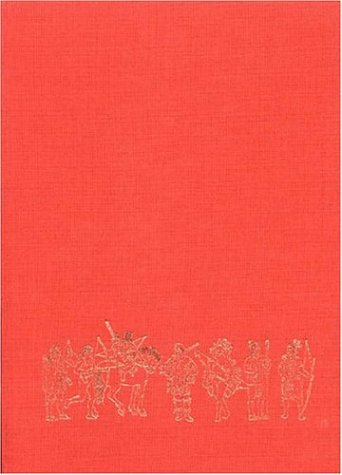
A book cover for ARMIES OF THE AZTEC AND INCA EMPIRES, OTHER NATIVE PEOPLES OF THE AMERICAS, AND THE CONQUISTADORES (Armies of the Sixteenth Century); Ian Heath; History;